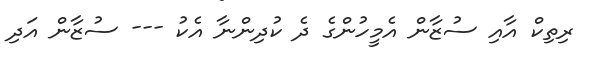
ރިތިކް އާއި ސުޒާން އެމީހުންގެ ދެ ކުދިންނާ އެކު --- ސުޒާން އަދި